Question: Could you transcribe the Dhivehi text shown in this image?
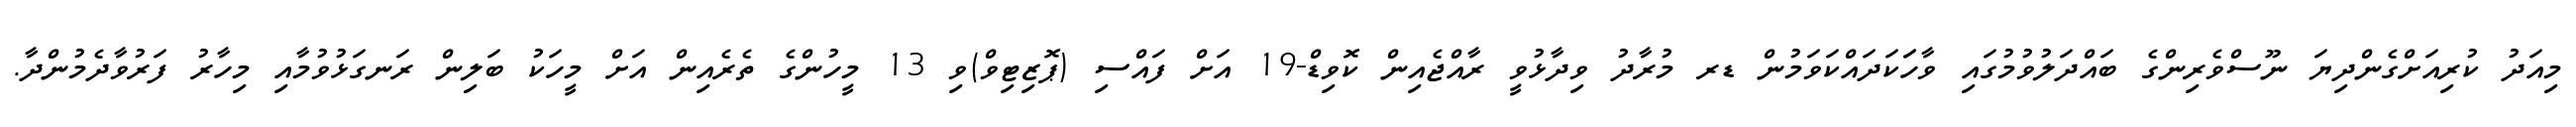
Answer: މިއަދު ކުރިއަށްގެންދިޔަ ނޫސްވެރިންގެ ބައްދަލުވުމުގައި ވާހަަކަދައްކަވަމުން ޑރ މުރާދު ވިދާޅުވީ ރާއްޖެއިން ކޮވިޑް-19 އަށް ފައްސި (ޕޮޒިޓިވް)ވި 13 މީހުންގެ ތެރެއިން އަށް މީހަކު ބަލިން ރަނގަޅުވުމާއި މިހާރު ފަރުވާދެމުންދާ.